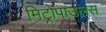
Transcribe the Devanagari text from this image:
मिट्रोपाउलस